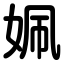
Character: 姵